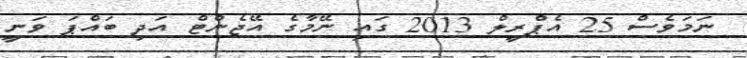
ނަމަވެސް 25 އެޕްރީލް 2013 ގައި ނޭމާގެ އޭޖެންޓް އަދި ބައްޕަ ވަނީ